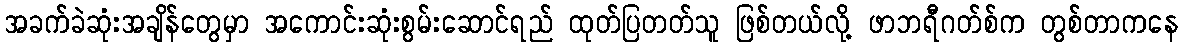
အခက်ခဲဆုံးအချိန်တွေမှာ အကောင်းဆုံးစွမ်းဆောင်ရည် ထုတ်ပြတတ်သူ ဖြစ်တယ်လို့ ဖာဘရီဂတ်စ်က တွစ်တာကနေ